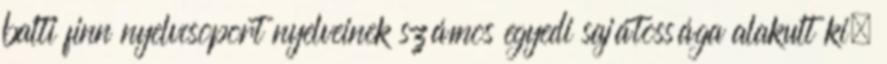
balti finn nyelvcsoport nyelveinek számos egyedi sajátossága alakult ki,